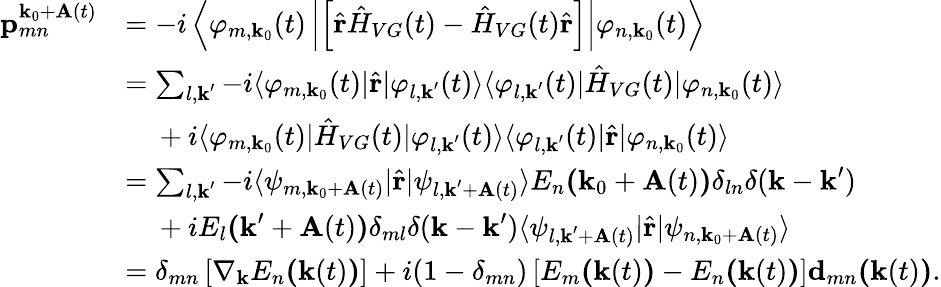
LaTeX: \begin{array}{rl}{\textbf{p}_{mn}^{\textbf{k}_{0}+\textbf{A}(t)}}&{=-i\left\langle\varphi_{m,\textbf{k}_{0}}(t)\left|\left[\hat{\textbf{r}}\hat{H}_{VG}(t)-\hat{H}_{VG}(t)\hat{\textbf{r}}\right]\right|\varphi_{n,\textbf{k}_{0}}(t)\right\rangle}\\ &{=\sum_{l,\textbf{k}^{\prime}}-i\langle\varphi_{m,\textbf{k}_{0}}(t)|\hat{\textbf{r}}|\varphi_{l,\textbf{k}^{\prime}}(t)\rangle\langle\varphi_{l,\textbf{k}^{\prime}}(t)|\hat{H}_{VG}(t)|\varphi_{n,\textbf{k}_{0}}(t)\rangle}\\ &{\ \ \ \ +i\langle\varphi_{m,\textbf{k}_{0}}(t)|\hat{H}_{VG}(t)|\varphi_{l,\textbf{k}^{\prime}}(t)\rangle\langle\varphi_{l,\textbf{k}^{\prime}}(t)|\hat{\textbf{r}}|\varphi_{n,\textbf{k}_{0}}(t)\rangle}\\ &{=\sum_{l,\textbf{k}^{\prime}}-i\langle\psi_{m,\textbf{k}_{0}+\textbf{A}(t)}|\hat{\textbf{r}}|\psi_{l,\textbf{k}^{\prime}+\textbf{A}(t)}\rangle E_{n}\textbf{(}\textbf{k}_{0}+\textbf{A}(t)\textbf{)}\delta_{ln}\delta(\textbf{k}-\textbf{k}^{\prime})}\\ &{\ \ \ \ +iE_{l}\textbf{(}\textbf{k}^{\prime}+\textbf{A}(t)\textbf{)}\delta_{ml}\delta(\textbf{k}-\textbf{k}^{\prime})\langle\psi_{l,\textbf{k}^{\prime}+\textbf{A}(t)}|\hat{\textbf{r}}|\psi_{n,\textbf{k}_{0}+\textbf{A}(t)}\rangle}\\ &{=\delta_{mn}\left[\nabla_{\textbf{k}}E_{n}\textbf{(}\textbf{k}(t)\textbf{)}\right]+i(1-\delta_{mn})\left[E_{m}\textbf{(}\textbf{k}(t)\textbf{)}-E_{n}\textbf{(}\textbf{k}(t)\textbf{)}\right]\textbf{d}_{mn}\textbf{(}\textbf{k}(t)\textbf{)}.}\end{array}